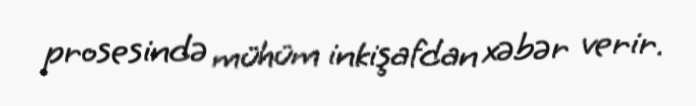
prosesində mühüm inkişafdan xəbər verir.